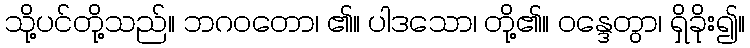
သို့ပင်တို့သည်။ ဘဂဝတော၊ ၏။ ပါဒသော၊ တို့၏။ ဝန္ဒေတွာ၊ ရှိခိုး၍။